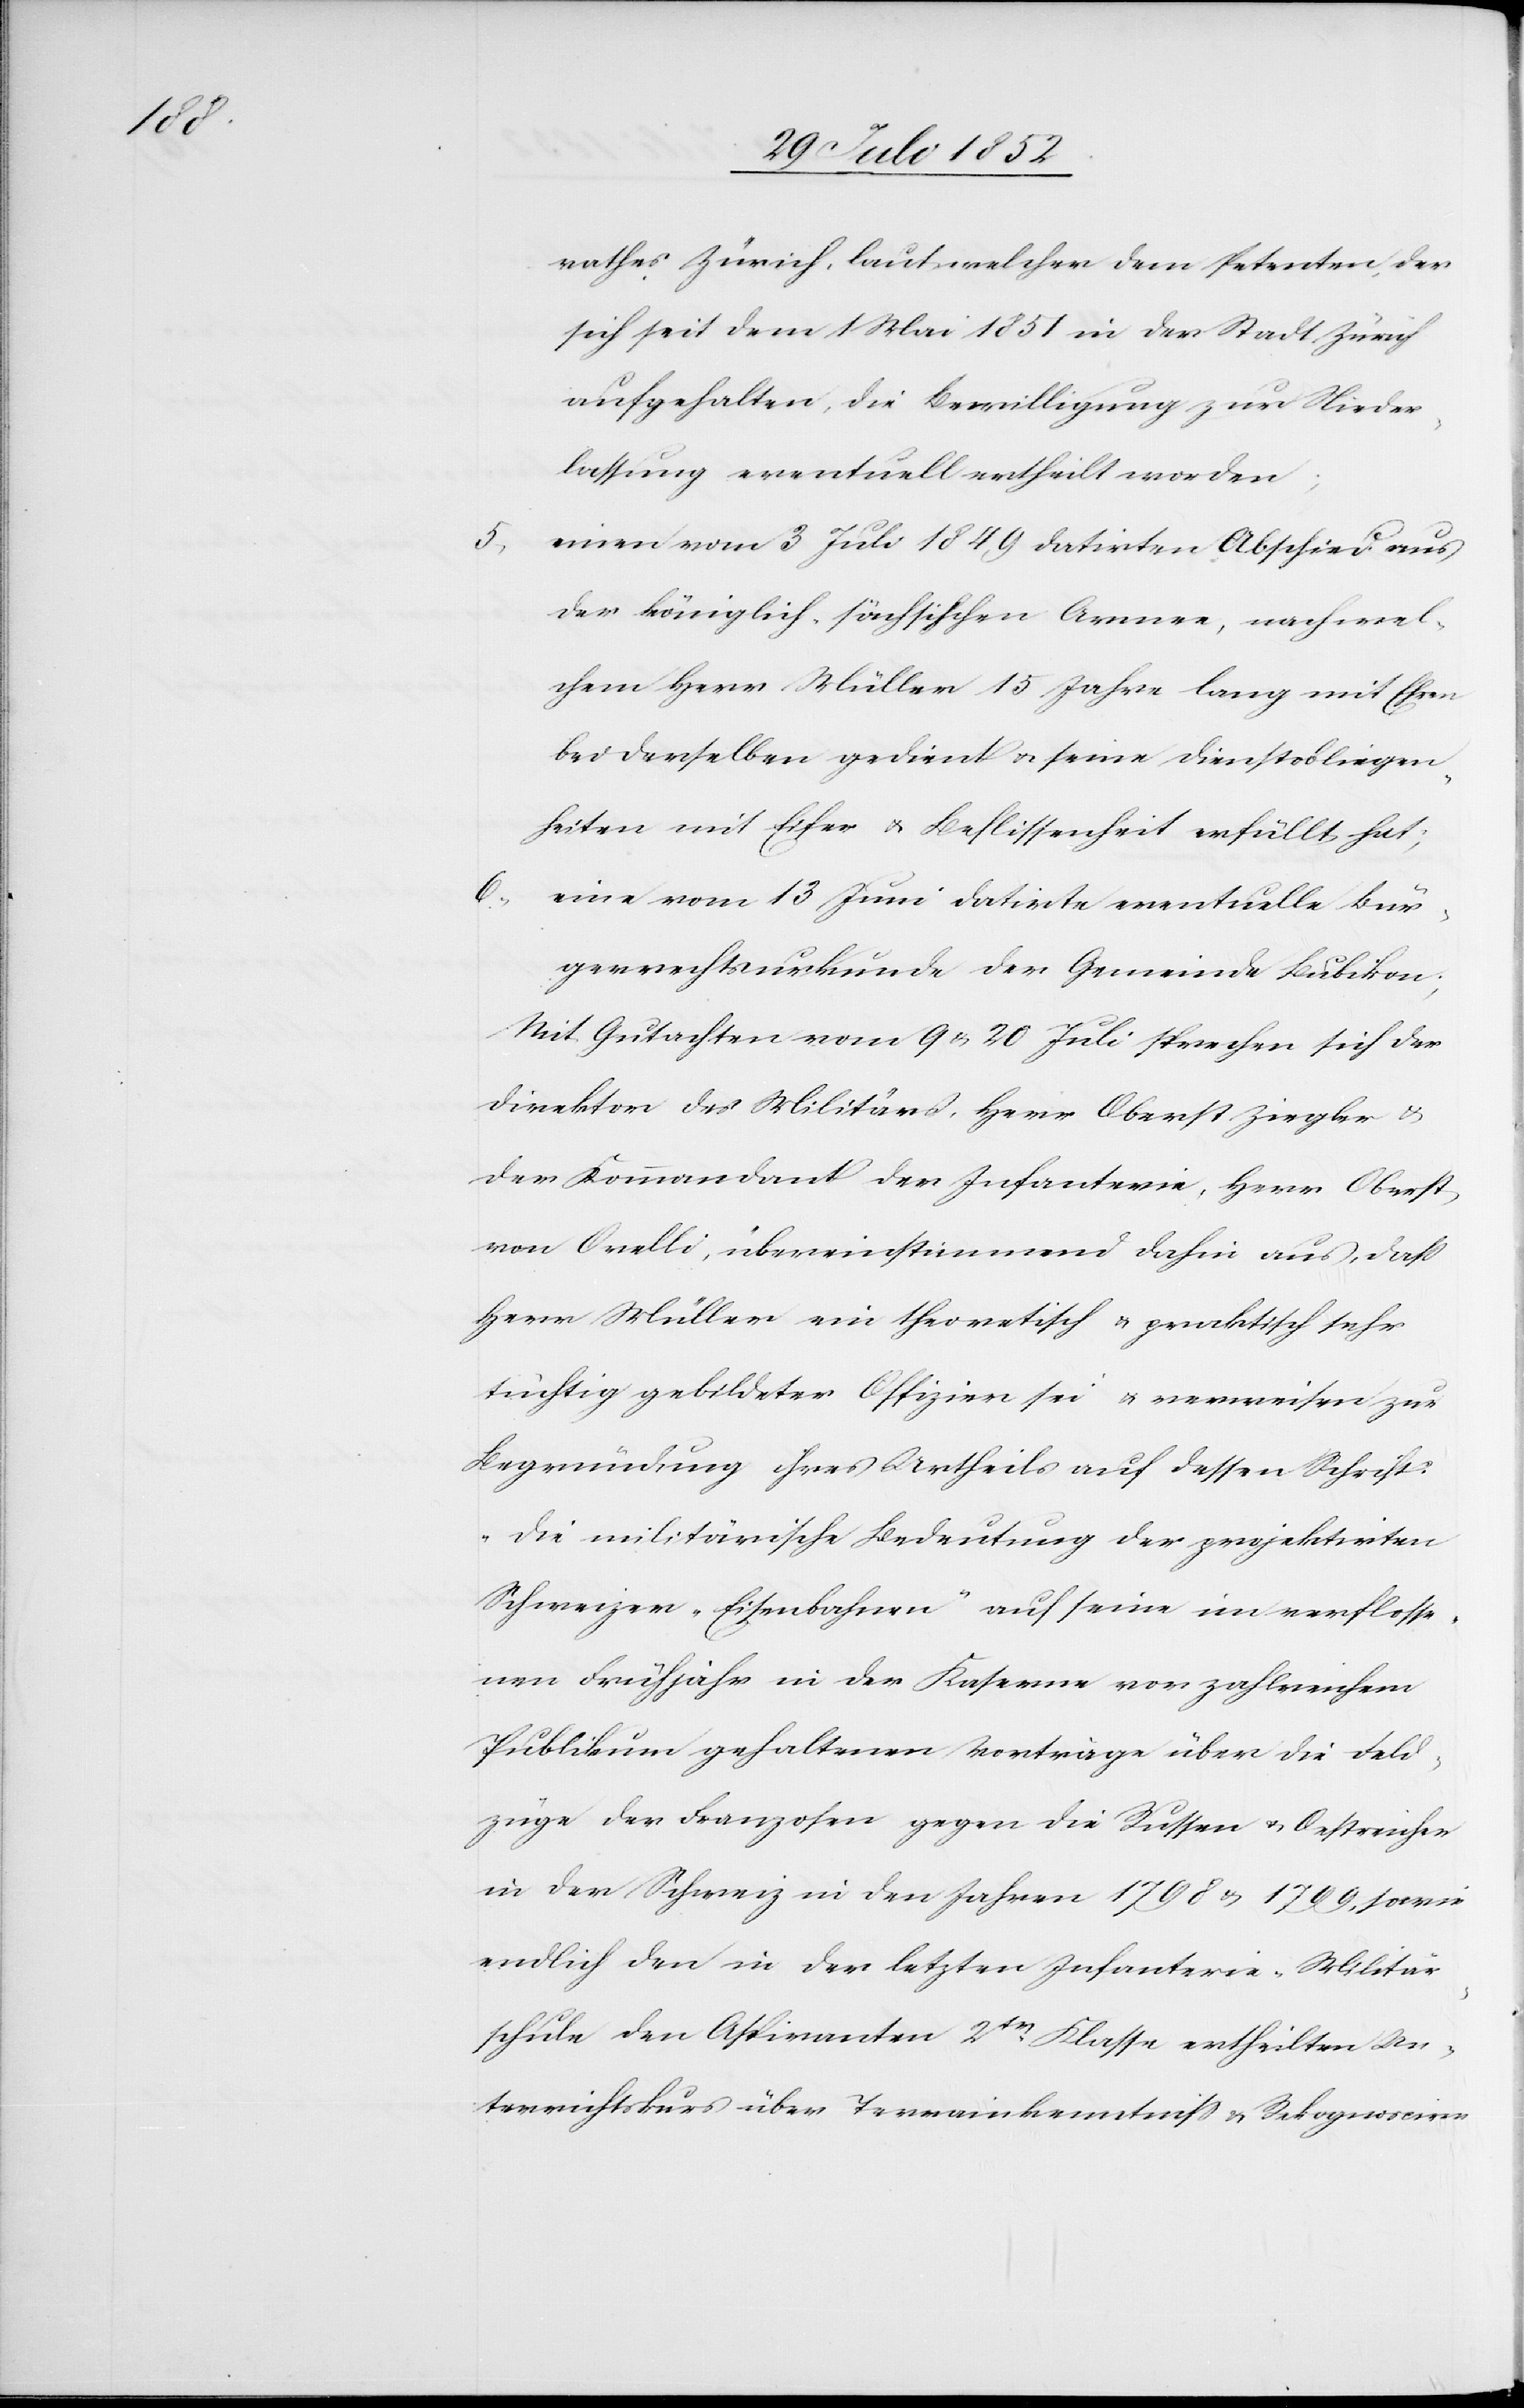
rathes Zürich, laut welcher dem Petenten, der
sich seit dem 1 Mai 1851 in der Stadt Zürich
aufgehalten, die Bewilligung zur Nieder¬
lassung eventuell ertheilt worden;
einen vom 3 Juli 1849 datirten Abschied aus
der königlich-sächsischen Armee, nach wel¬
chem Herr Müller 15 Jahre lang mit Ehren
bei derselben gedient & seine Dienstobliegen¬
heiten mit Eifer & Beflissenheit erfüllt hat;
eine vom 13 Juni datirte eventuelle Bür¬
gerrechtsurkunde der Gemeinde Bubikon;
Mit Gutachten vom 9 & 20 Juli sprechen sich der
Direktor des Militärs, Herr Oberst Ziegler &
der Kommandant der Infanterie, Herr Oberst
von Orelli, übereinstimmend dahin aus, daß
Herr Müller ein theoretisch & praktisch sehr
tüchtig gebildeter Offizier sei & verweisen zur
Begründung ihres Urtheils auf dessen Schrift:
„Die militärische Bedeutung der projektirten
Schweizer-Eisenbahnen“[,] auf seine im verflosse¬
nen Frühjahr in der Kaserne vor zahlreichem
Publikum gehaltenen Vorträge über die Feld¬
züge der Franzosen gegen die Russen & Oestreicher
in der Schweiz in den Jahren 1798 & 1799, sowie
endlich den in der letzten Infanterie-Militär¬
schule den Aspiranten 2tr. Klasse ertheilten Un¬
terrichtskurs über Terrainkenntniss & Rekognosciren